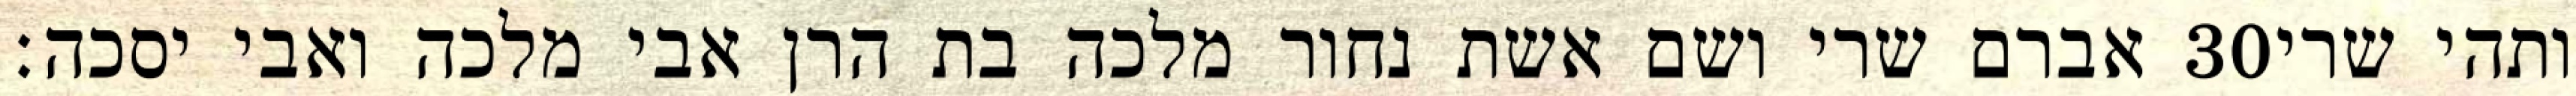
אברם שרי ושם אשת נחור מלכה בת הרן אבי מלכה ואבי יסכה׃ ‎30‏ ותהי שרי